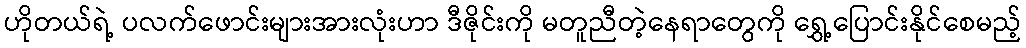
ဟိုတယ်ရဲ့ ပလက်ဖောင်းများအားလုံးဟာ ဒီဇိုင်းကို မတူညီတဲ့နေရာတွေကို ရွှေ့ပြောင်းနိုင်စေမည့်